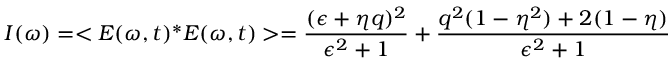
\centering I ( \omega ) = < E ( \omega , t ) ^ { * } E ( \omega , t ) > = \frac { ( \epsilon + \eta q ) ^ { 2 } } { \epsilon ^ { 2 } + 1 } + \frac { q ^ { 2 } ( 1 - \eta ^ { 2 } ) + 2 ( 1 - \eta ) } { \epsilon ^ { 2 } + 1 }